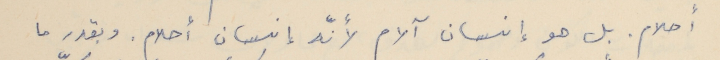
أحلام. بل هو إنسان آلام لأنّه إنسان أحلام. وبقدر ما